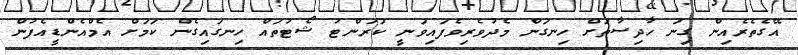
އޭގެތެރެއިން ގިނަ ހާދިސާތަށް ހިނގަން މެދުވެރިވެފައިވަނީ ކަރަންޓު ޝޯޓުތައް ހިނގައިގެން ކަމަށް އެމްއެންޑީއެފުން